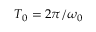
T _ { 0 } = 2 \pi / \omega _ { 0 }